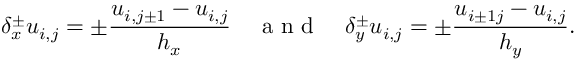
\delta _ { x } ^ { \pm } u _ { i , j } = \pm \frac { u _ { i , j \pm 1 } - u _ { i , j } } { h _ { x } } \quad \mathrm { ~ a ~ n ~ d ~ } \quad \delta _ { y } ^ { \pm } u _ { i , j } = \pm \frac { u _ { i \pm 1 j } - u _ { i , j } } { h _ { y } } .